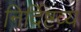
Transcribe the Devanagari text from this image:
निर्दिष्टव्य